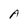
Character: A